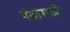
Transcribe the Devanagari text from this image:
पंथांमध्ये